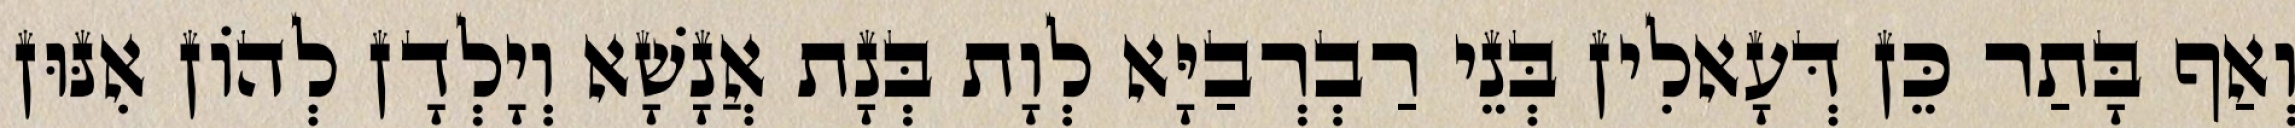
וְאַף בָּתַר כֵּן דְּעָאלִין בְּנֵי רַבְרְבַיָּא לְוָת בְּנָת אֲנָשָׁא וְיָלְדָן לְהוֹן אִנּוּן